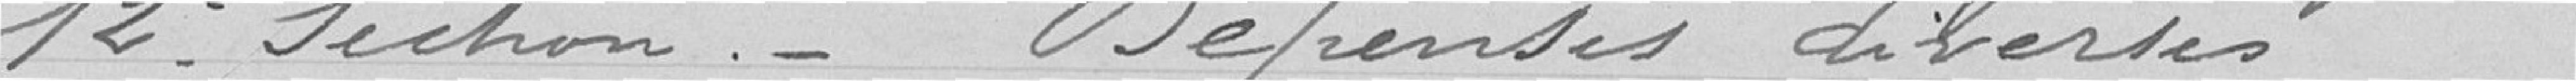
12° section - Dépenses diverses